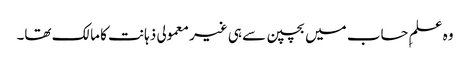
وہ علمِ حساب میں بچپن سے ہی غیر معمولی ذہانت کا مالک تھا۔